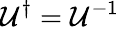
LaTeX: \mathcal{U}^{\dagger}=\mathcal{U}^{-1}